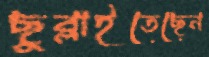
ছুব্‌লাইতেছেন